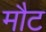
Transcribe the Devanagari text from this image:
मौट